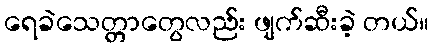
ရေခဲသေတ္တာတွေလည်း ဖျက်ဆီးခဲ့ တယ်။